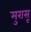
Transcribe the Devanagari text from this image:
मुरासू